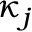
\kappa _ { j }